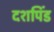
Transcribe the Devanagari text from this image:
दशपिंड